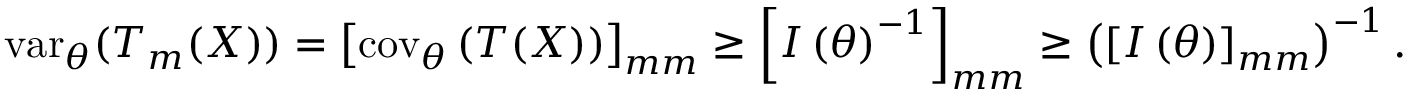
\operatorname { v a r } _ { \boldsymbol { \theta } } ( T _ { m } ( X ) ) = \left[ \operatorname { c o v } _ { \boldsymbol { \theta } } \left( { \boldsymbol { T } } ( X ) \right) \right] _ { m m } \geq \left[ I \left( { \boldsymbol { \theta } } \right) ^ { - 1 } \right] _ { m m } \geq \left( \left[ I \left( { \boldsymbol { \theta } } \right) \right] _ { m m } \right) ^ { - 1 } .